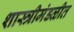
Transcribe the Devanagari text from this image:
शास्त्रीमंडळीत